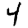
Digit: 4